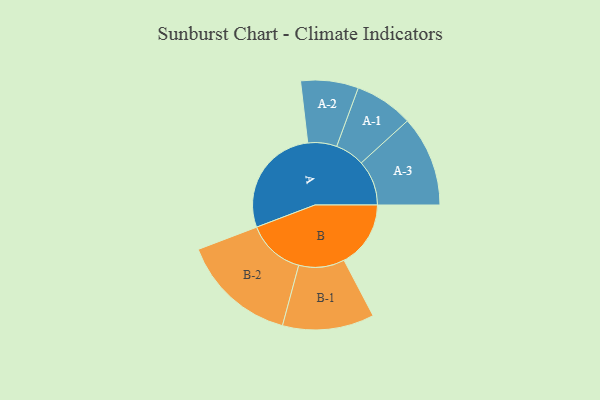
{"axis": {"x": "Segment", "y": "Value"}, "legend": ["", "A", "B"], "data": [{"x": "A", "y": 433, "type": ""}, {"x": "B", "y": 259, "type": ""}, {"x": "A-1", "y": 114, "type": "A"}, {"x": "A-2", "y": 112, "type": "A"}, {"x": "A-3", "y": 176, "type": "A"}, {"x": "B-1", "y": 178, "type": "B"}, {"x": "B-2", "y": 225, "type": "B"}]}